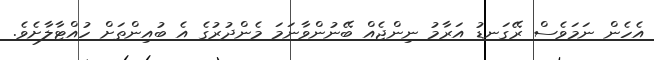
އެހެން ނަމަވެސް ރޭގަނޑު އަރާމު ނިންޖެއް ބޭނުންވާނަމަ މެންދުރުގެ އެ ބުއިންތަށް ހުއްޓާލާށެވެ.